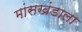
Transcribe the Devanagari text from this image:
मांसखंडाला